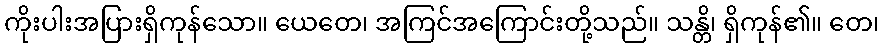
ကိုးပါးအပြားရှိကုန်သော။ ယေတေ၊ အကြင်အကြောင်းတို့သည်။ သန္တိ၊ ရှိကုန်၏။ တေ၊